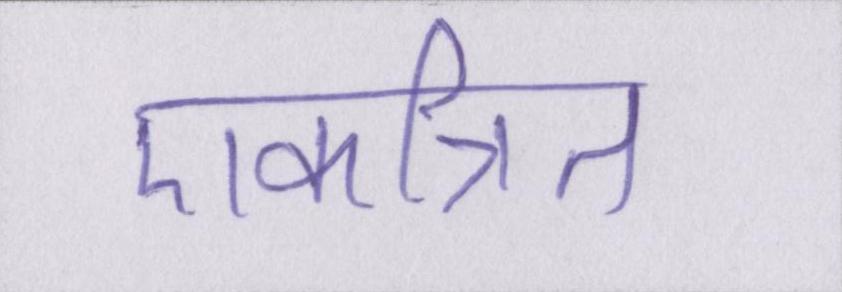
एकत्रित